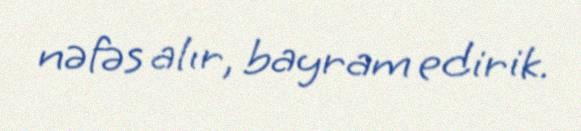
nəfəs alır, bayram edirik.